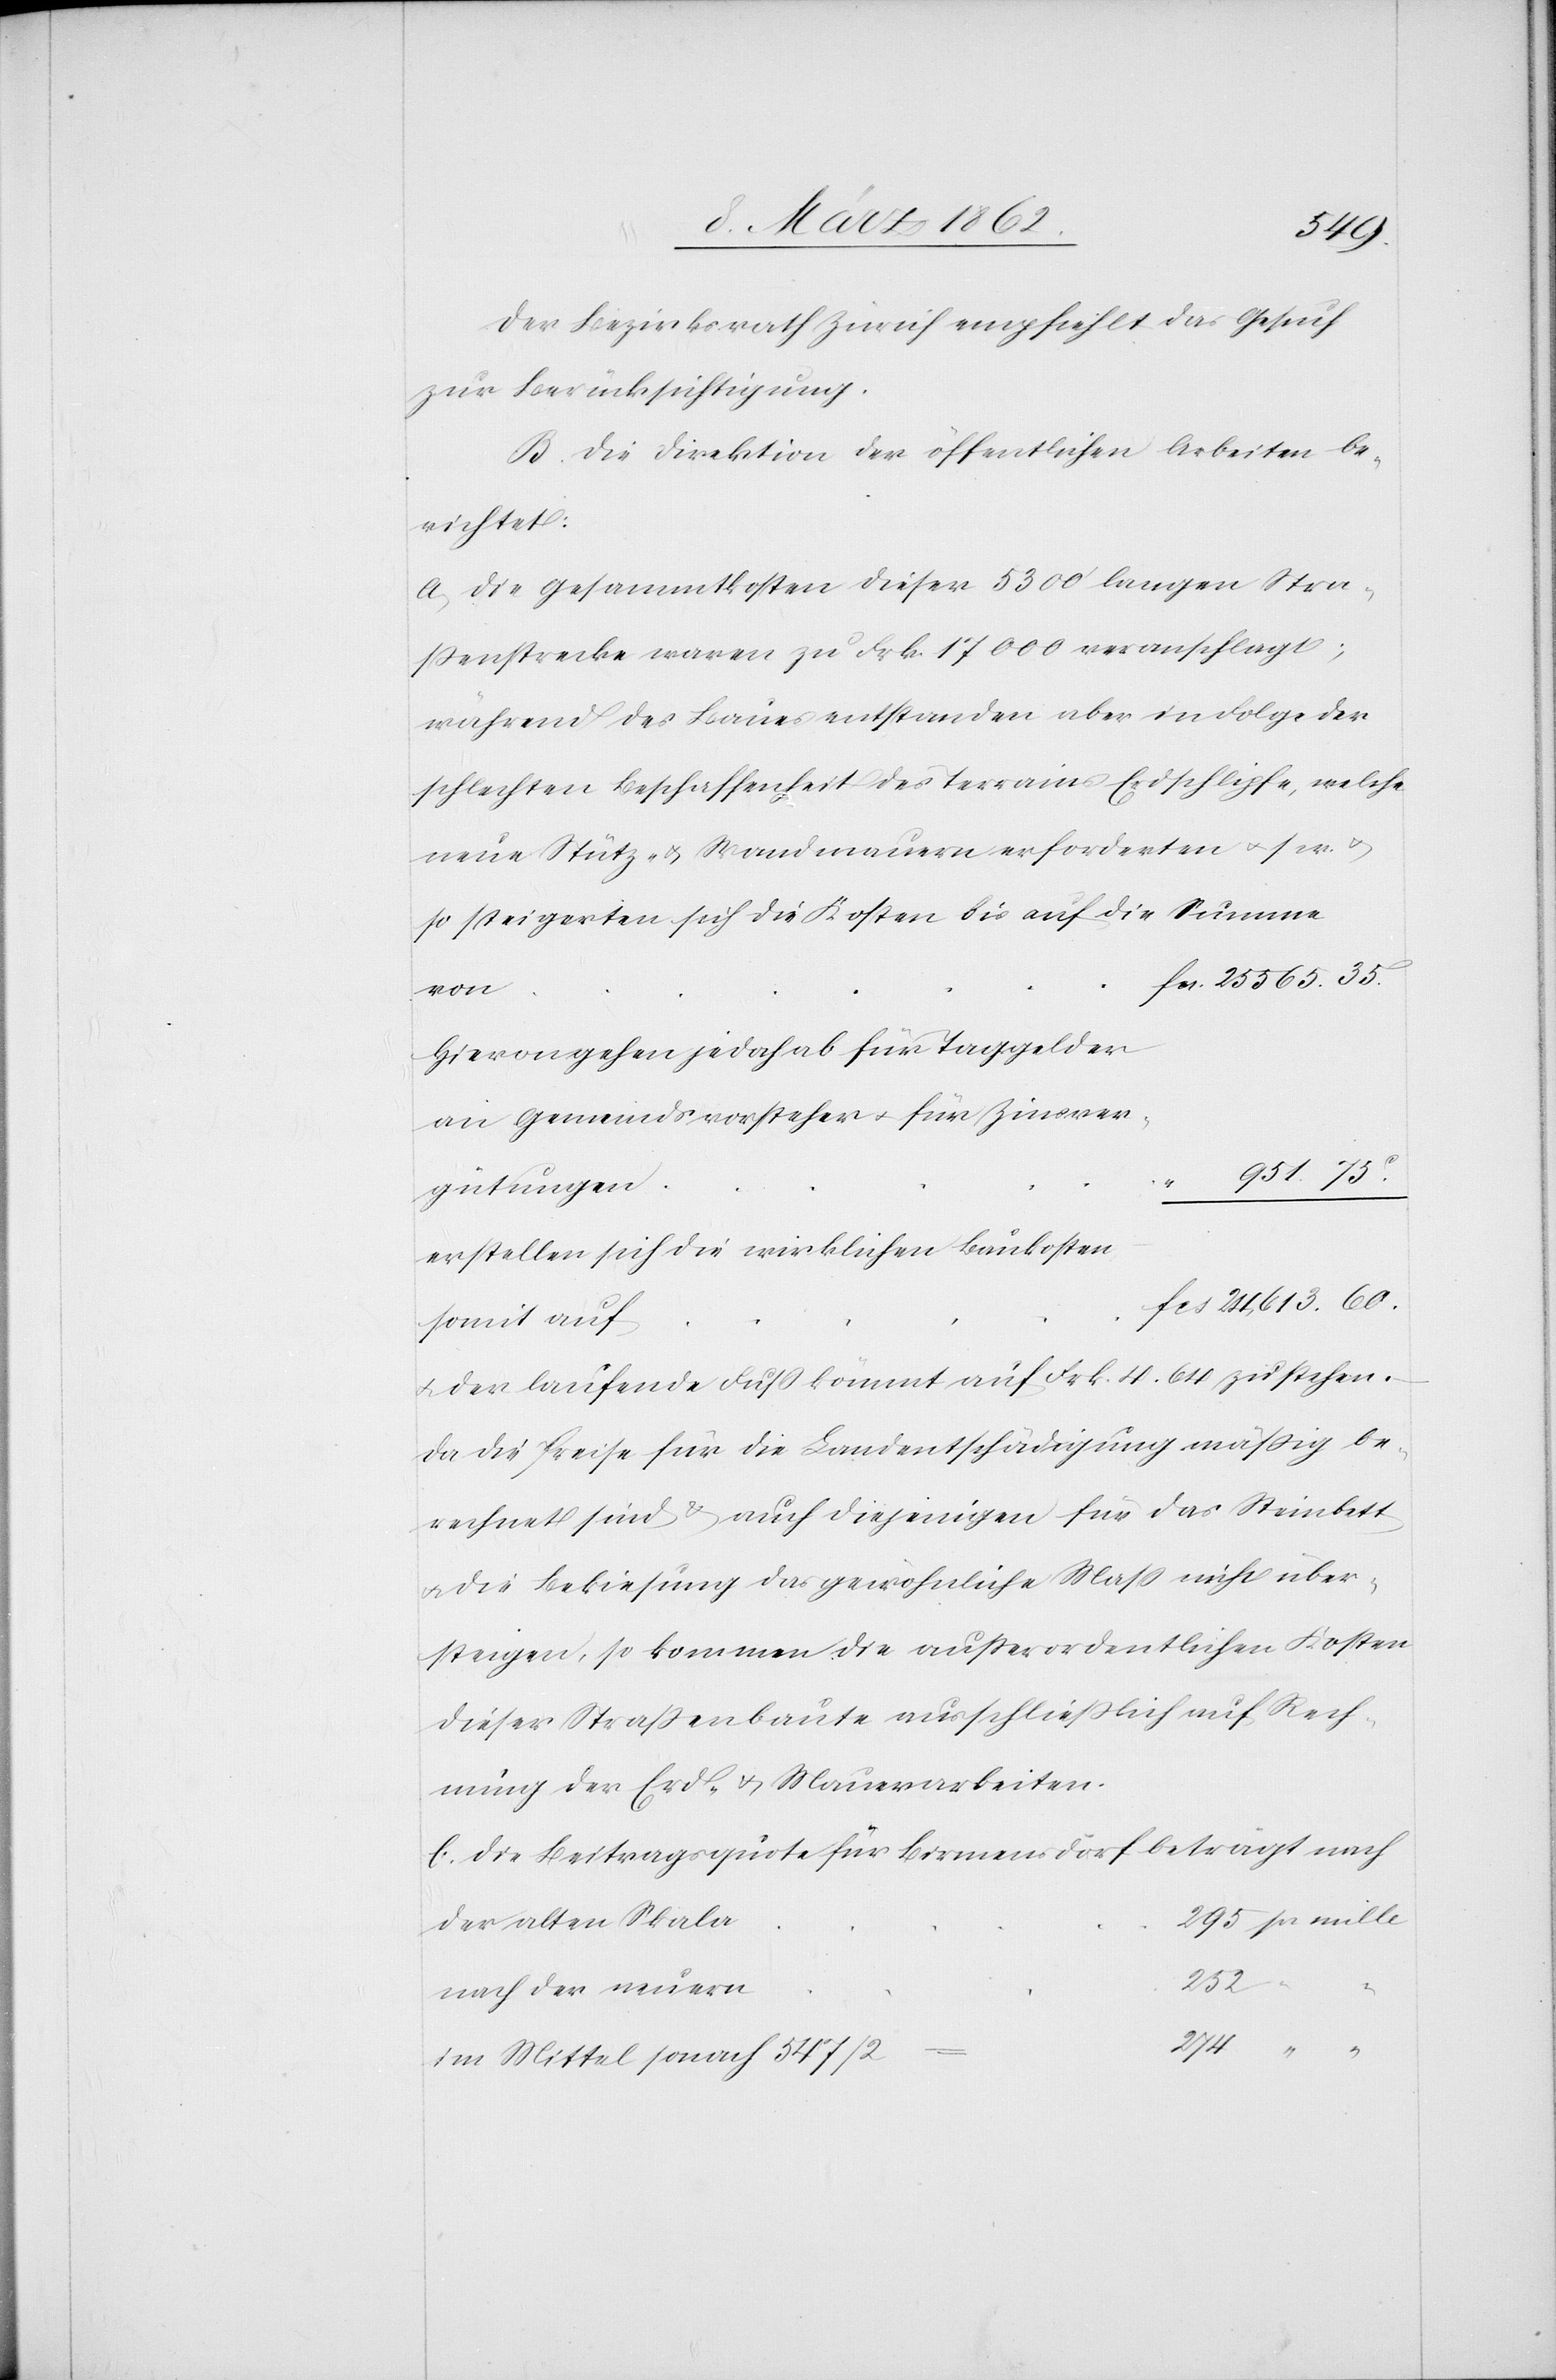
565.35.
Der Bezirksrath Zürich empfiehlt das Gesuch
zur Berücksichtigung.
B. Die Direktion der öffentlichen Arbeiten be¬
richtet:
a) die Gesammtkosten dieser 5300’ langen Stra¬
ßenstrecke waren zu Frk. 17 000 veranschlagt;
während des Baues entstanden aber in Folge der
schlechten Beschaffenheit des Terrains Erdschlipfe, welche
neue Stütz- u. Wandmauern erforderten u. s. w. u.
so steigerten sich die Kosten bis auf die Summe
25
von
Hievon gehen jedoch ab für Taggelder
an Gemeindsvorsteher u. für Zinsver¬
951.75.
gütungen
“
“
erstellen sich die wirklichen Baukosten
somit auf
u. der laufende Fuß kömmt auf Frk. 4.64 zu stehen.
Da die Preise für die Landentschädigung mäßig be¬
rechnet sind & auch diejenigen für das Steinbett
u. die Bekiesung das gewöhnliche Maß nicht über¬
steigen, so kommen die außerordentlichen Kosten
dieser Straßenbaute ausschließlich auf Rech¬
nung der Erd- u. Mauerarbeiten.
b) Die Beitragsquote für Birmensdorf beträgt nach
der alten Skala
252
nach der neuern
im Mittel sonach 574/2